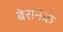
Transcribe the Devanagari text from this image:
बेरानेक